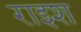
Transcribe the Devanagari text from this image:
राइश